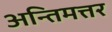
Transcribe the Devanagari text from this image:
अन्तिमत्तर